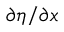
\partial \eta / \partial x